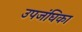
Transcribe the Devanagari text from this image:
उपजंघिका